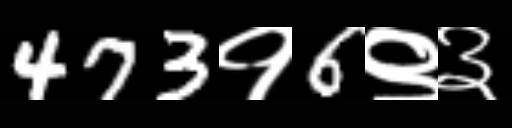
Text: 473१6९३